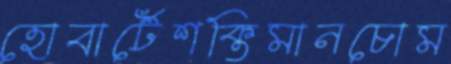
হোবার্টেশক্তিমানচোম